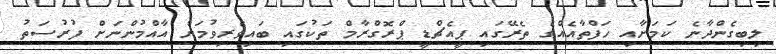
ލިބިގެންދާނެ ކަމަށާއި ހަފްތާއެއްގެ ތެރޭގައި ޕީއެޗްޑީ ޕްރޮގްރާމް ތަކުގައި ބައިވެރިވުމަށް އާއްމުންނަށް ފުރުސަތު